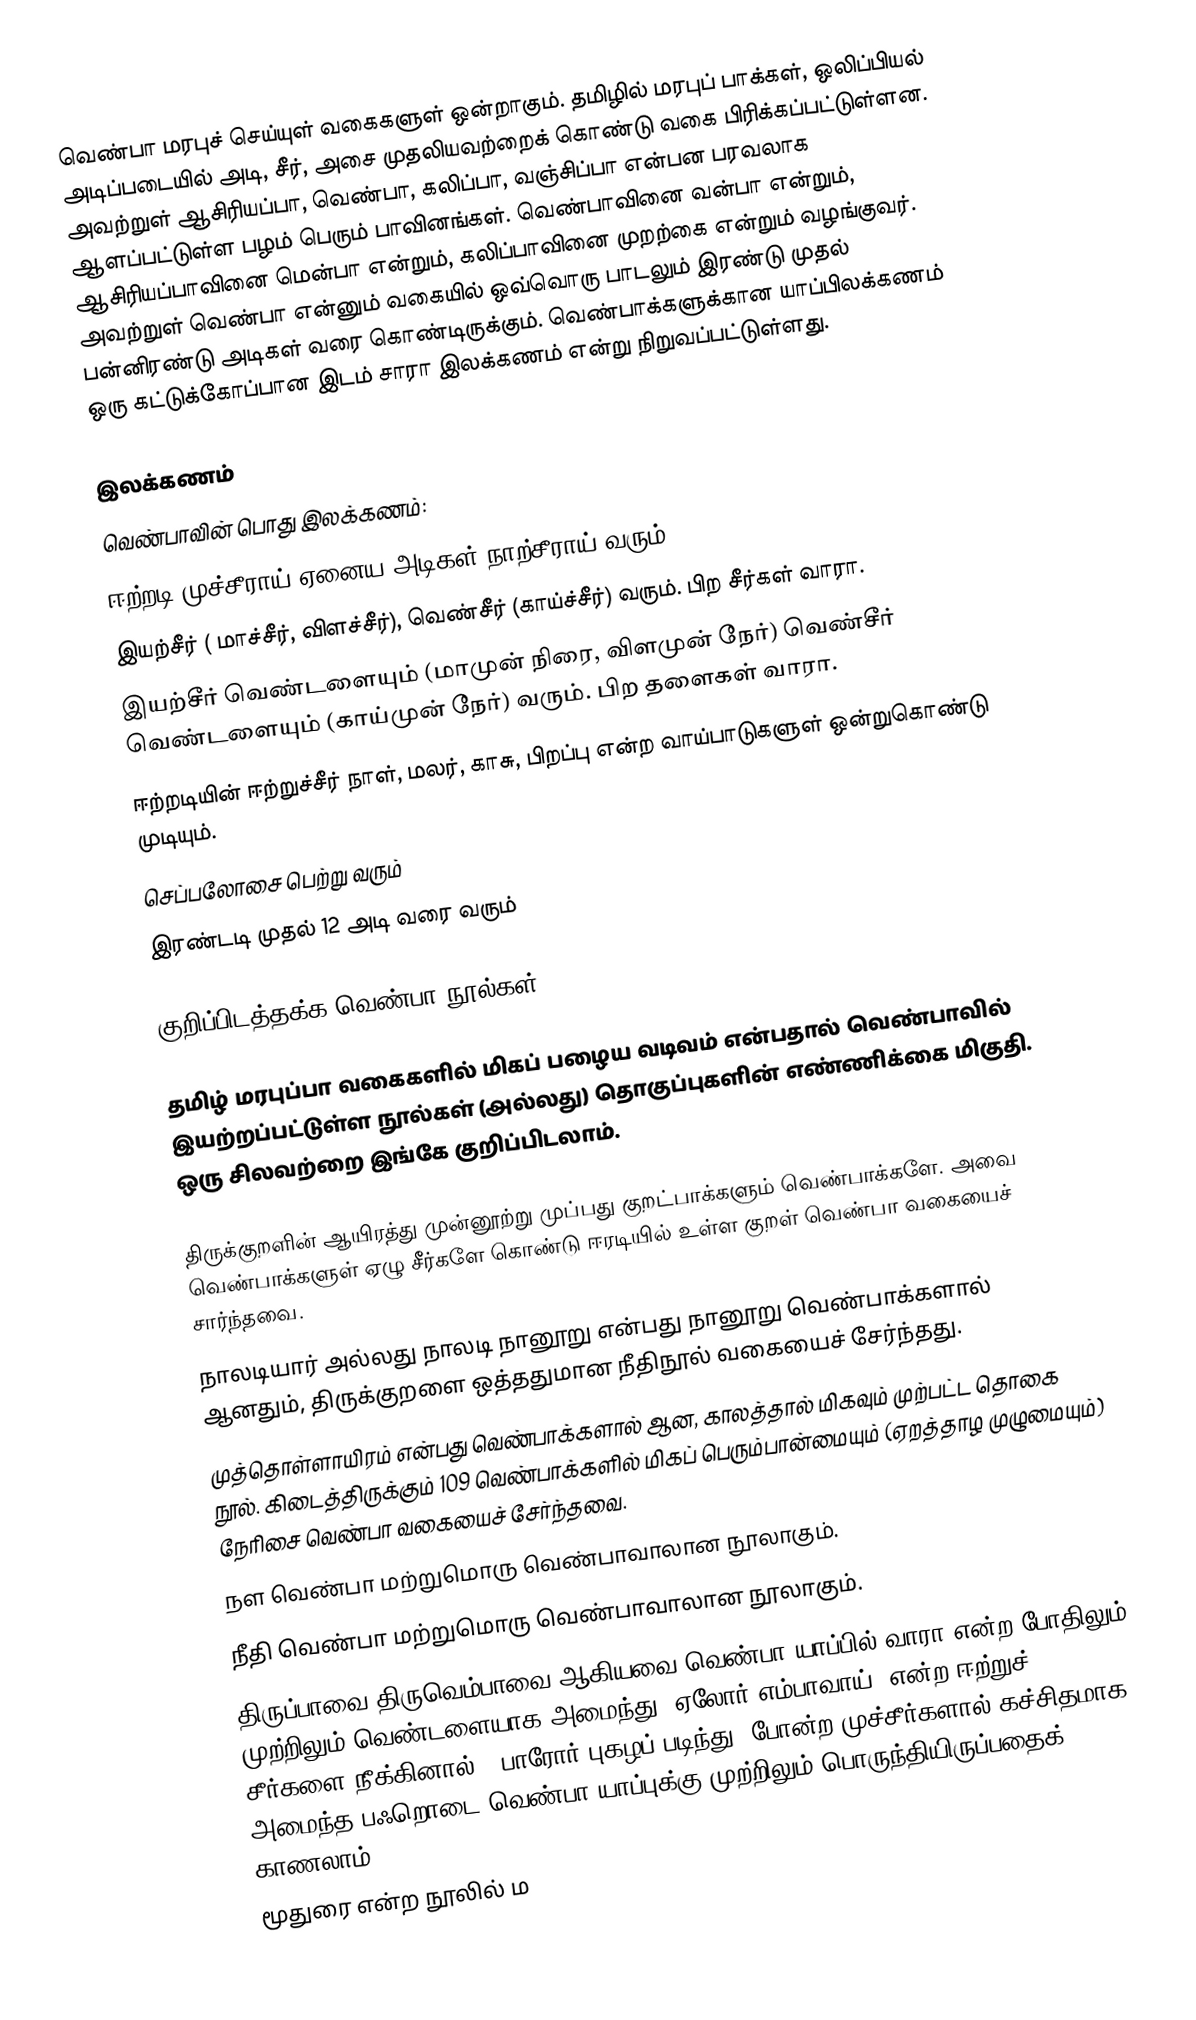
வெண்பா மரபுச் செய்யுள் வகைகளுள் ஒன்றாகும். தமிழில் மரபுப் பாக்கள், ஒலிப்பியல் அடிப்படையில் அடி, சீர், அசை முதலியவற்றைக் கொண்டு வகை பிரிக்கப்பட்டுள்ளன. அவற்றுள் ஆசிரியப்பா, வெண்பா, கலிப்பா, வஞ்சிப்பா என்பன பரவலாக ஆளப்பட்டுள்ள பழம் பெரும் பாவினங்கள். வெண்பாவினை வன்பா என்றும், ஆசிரியப்பாவினை மென்பா என்றும், கலிப்பாவினை முறற்கை என்றும் வழங்குவர்.  அவற்றுள் வெண்பா என்னும் வகையில் ஒவ்வொரு பாடலும் இரண்டு முதல் பன்னிரண்டு அடிகள் வரை கொண்டிருக்கும். வெண்பாக்களுக்கான யாப்பிலக்கணம் ஒரு கட்டுக்கோப்பான இடம் சாரா இலக்கணம் என்று நிறுவப்பட்டுள்ளது.

இலக்கணம்
வெண்பாவின் பொது இலக்கணம்:
ஈற்றடி  முச்சீராய் ஏனைய அடிகள்  நாற்சீராய் வரும் .
இயற்சீர் ( மாச்சீர், விளச்சீர்), வெண்சீர் (காய்ச்சீர்) வரும். பிற சீர்கள் வாரா.
இயற்சீர் வெண்டளையும் (மாமுன் நிரை, விளமுன் நேர்) வெண்சீர் வெண்டளையும் (காய்முன் நேர்) வரும். பிற தளைகள் வாரா.
ஈற்றடியின்  ஈற்றுச்சீர் நாள், மலர், காசு, பிறப்பு என்ற வாய்பாடுகளுள்  ஒன்றுகொண்டு முடியும்.
செப்பலோசை பெற்று வரும்
இரண்டடி முதல் 12 அடி வரை வரும்

குறிப்பிடத்தக்க வெண்பா நூல்கள்

தமிழ் மரபுப்பா வகைகளில் மிகப் பழைய வடிவம் என்பதால் வெண்பாவில் இயற்றப்பட்டுள்ள நூல்கள் (அல்லது) தொகுப்புகளின் எண்ணிக்கை மிகுதி.  ஒரு சிலவற்றை இங்கே குறிப்பிடலாம்.

திருக்குறளின் ஆயிரத்து முன்னூற்று முப்பது குறட்பாக்களும் வெண்பாக்களே. அவை வெண்பாக்களுள் ஏழு சீர்களே கொண்டு ஈரடியில் உள்ள குறள் வெண்பா வகையைச் சார்ந்தவை.
நாலடியார் அல்லது நாலடி நானூறு என்பது நானூறு வெண்பாக்களால் ஆனதும், திருக்குறளை ஒத்ததுமான நீதிநூல் வகையைச் சேர்ந்தது.
முத்தொள்ளாயிரம் என்பது வெண்பாக்களால் ஆன, காலத்தால் மிகவும் முற்பட்ட தொகை நூல். கிடைத்திருக்கும் 109 வெண்பாக்களில் மிகப் பெரும்பான்மையும் (ஏறத்தாழ முழுமையும்) நேரிசை வெண்பா வகையைச் சேர்ந்தவை.
நள வெண்பா மற்றுமொரு வெண்பாவாலான நூலாகும்.
நீதி வெண்பா மற்றுமொரு வெண்பாவாலான நூலாகும்.
திருப்பாவை திருவெம்பாவை ஆகியவை வெண்பா யாப்பில் வாரா என்ற போதிலும் முற்றிலும் வெண்டளையாக அமைந்து 'ஏலோர் எம்பாவாய்' என்ற ஈற்றுச் சீர்களை நீக்கினால், 'பாரோர் புகழப் படிந்து' போன்ற முச்சீர்களால் கச்சிதமாக அமைந்த பஃறொடை வெண்பா யாப்புக்கு முற்றிலும் பொருந்தியிருப்பதைக் காணலாம்.
மூதுரை என்ற நூலில் ம